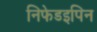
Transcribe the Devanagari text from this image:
निफेडइपिन